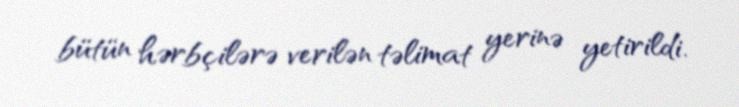
bütün hərbçilərə verilən təlimat yerinə yetirildi.